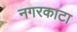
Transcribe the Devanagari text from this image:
नगरकाटा